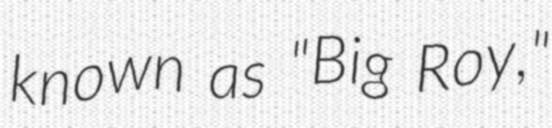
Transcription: known as "Big Roy,"